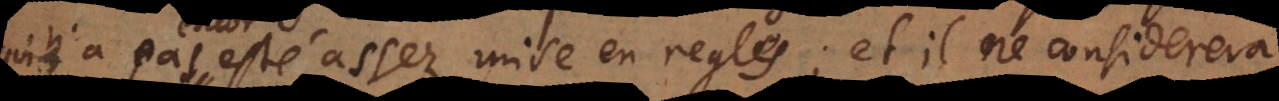
n’a pas esté assez mise en regles; et il ne considera